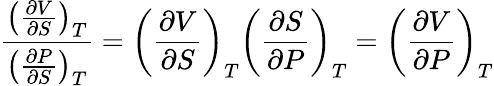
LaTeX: {\frac{\left({\frac{\partial V}{\partial S}}\right)_{T}}{\left({\frac{\partial P}{\partial S}}\right)_{T}}}=\left({\frac{\partial V}{\partial S}}\right)_{T}\left({\frac{\partial S}{\partial P}}\right)_{T}=\left({\frac{\partial V}{\partial P}}\right)_{T}